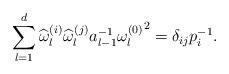
LaTeX: \begin{align*}\sum_{l=1}^d\widehat{\omega}_l^{(i)} \widehat{\omega}_l^{(j)} a_{l-1}^{-1}{\omega_l^{(0)}}^2 = \delta_{ij}p_i^{-1}.\end{align*}